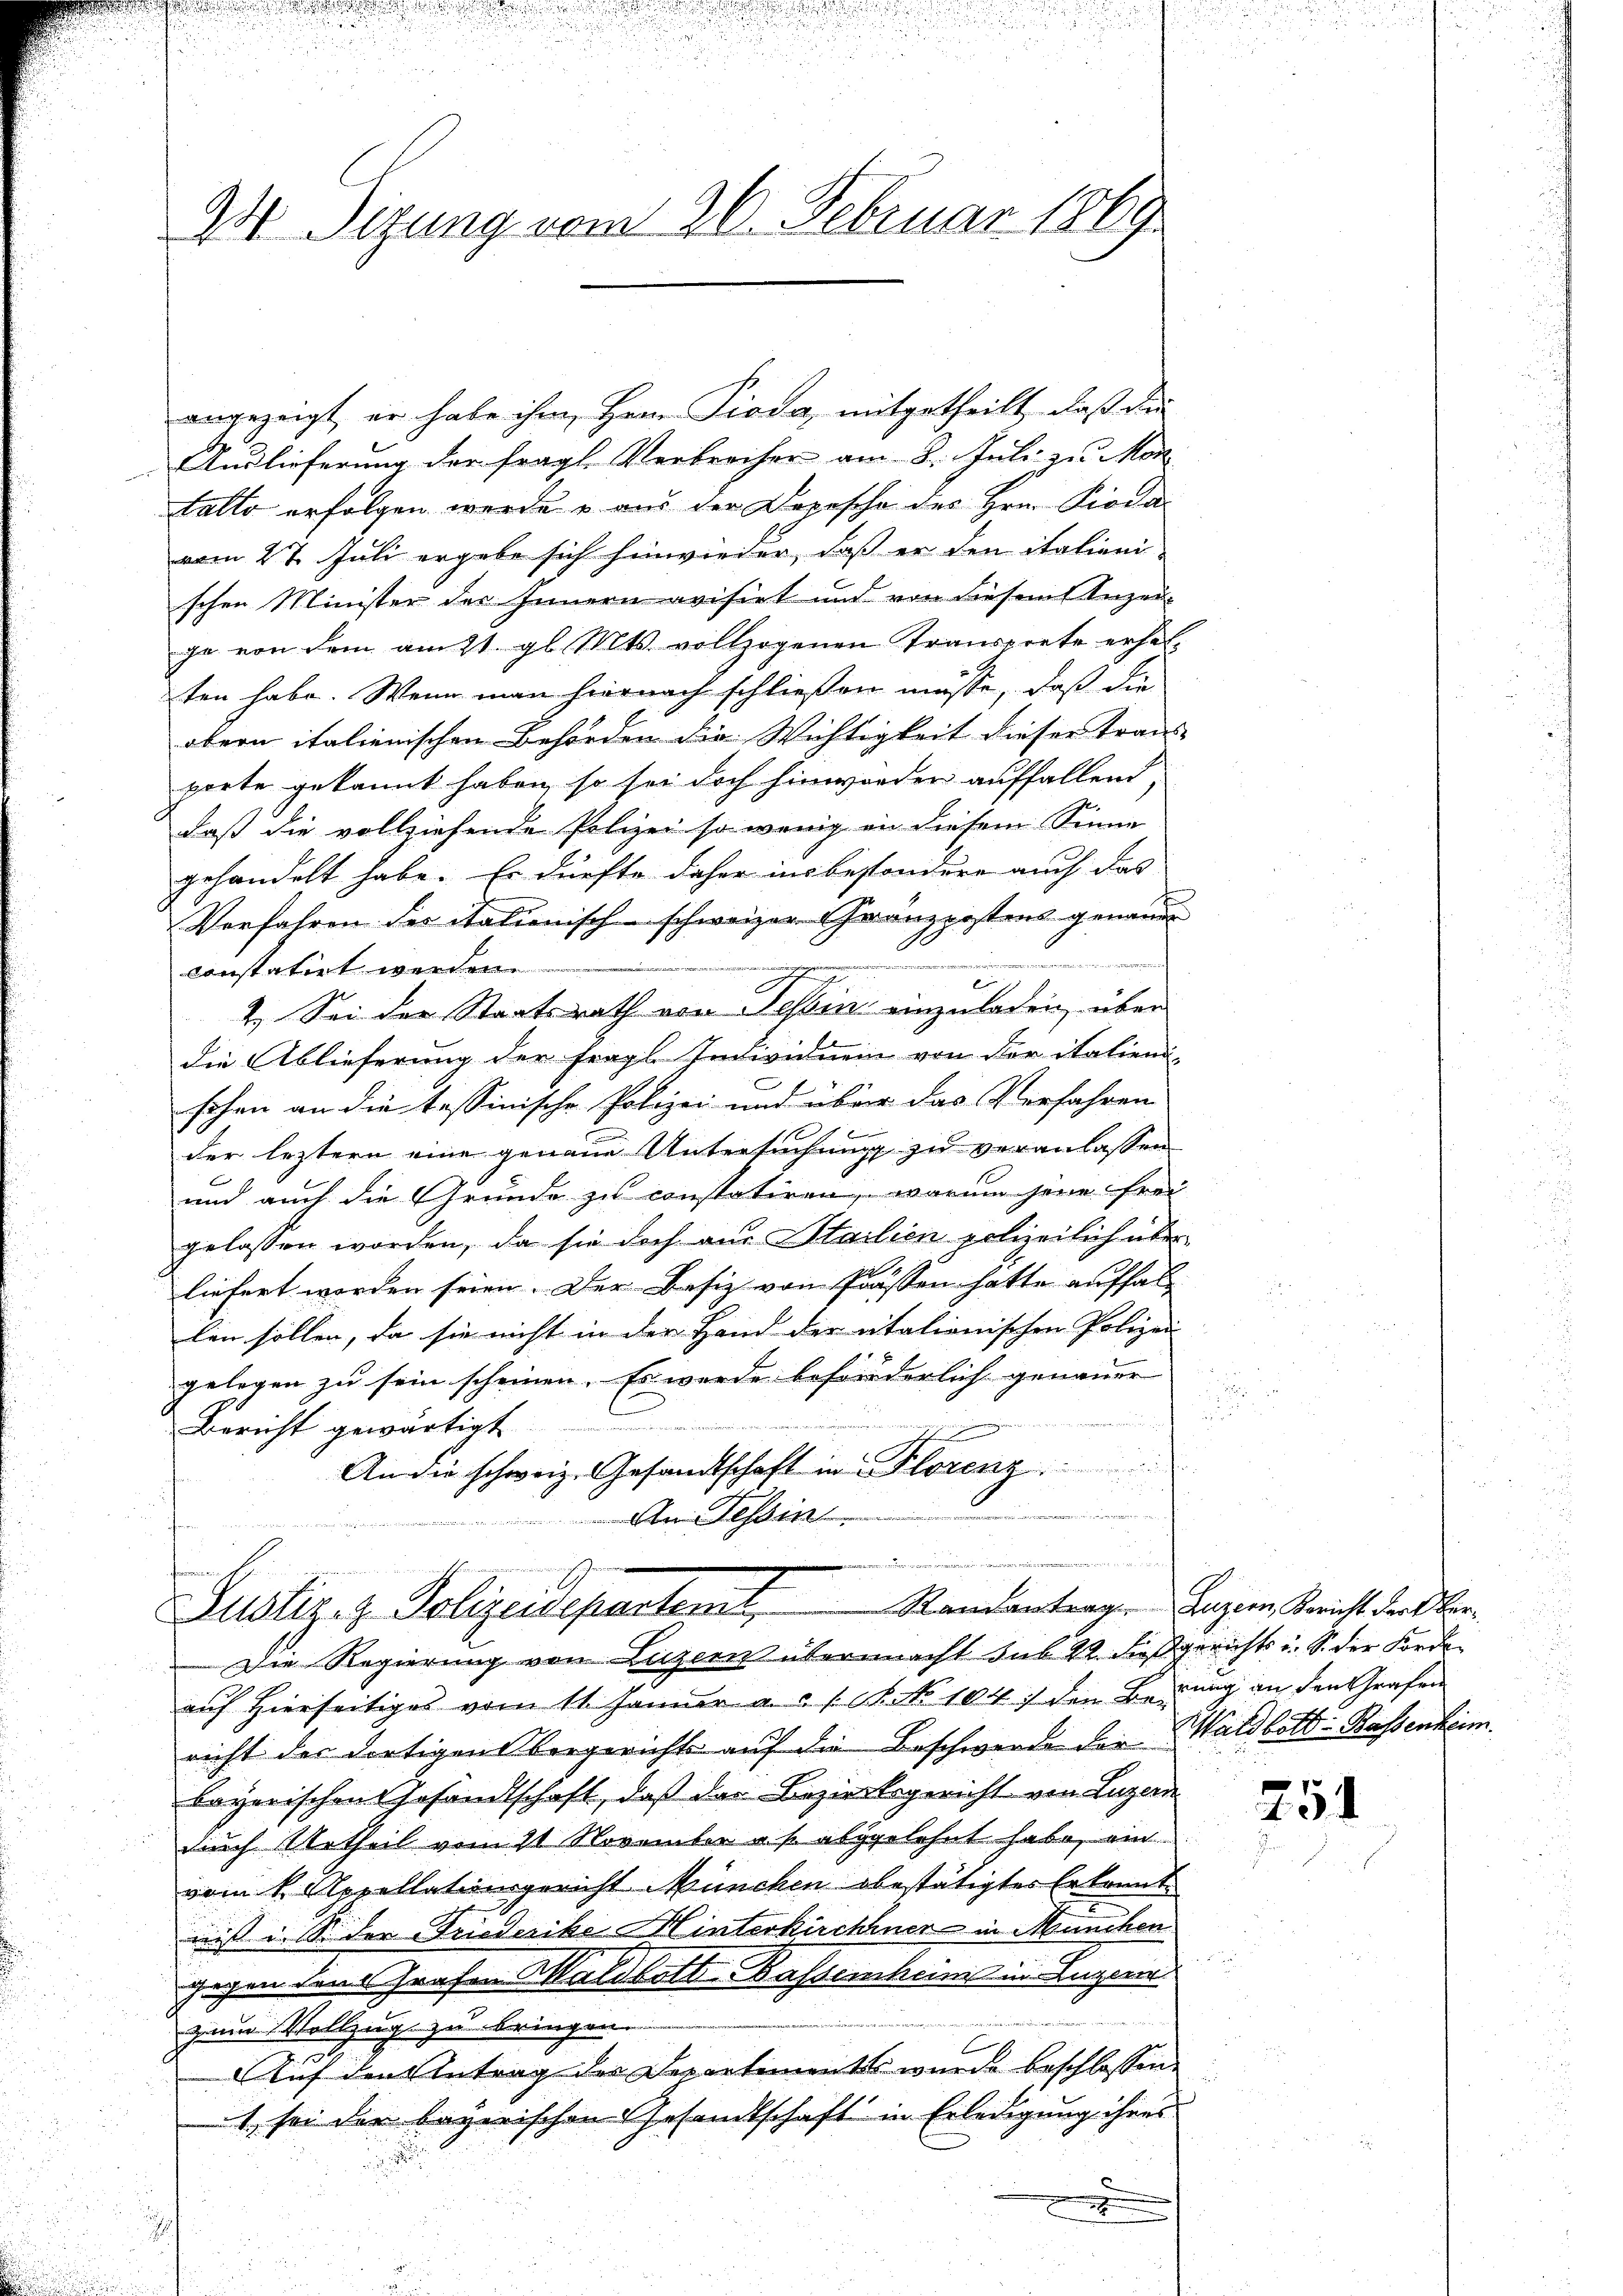
23 Sizung vom 26. Februar 1869

angezeigt, er habe ihm, Herrn Pioda, mitgetheilt, daß die
Auslieferung der fragl. Verbrecher am 8. Juli zu Mo
tallo erfolgen werde & aus der Depesche des Hrn. Pioda
vom 27. Juli ergebe sich hinwieder, daß er den italiani-
schen Minister des Innern avisirt und von diesem Anzei-
ge von dem am 21. gl. Mts. vollzogenen Transprete erhel-
ten habe. Wenn man hiernach schließen müsse, daß die
obern italienischen Behörden die Wichtigkeit dieser Trans-
porte gekannt haben, so sei doch hinwürden auffallend,
daß die vollziehende Polizei so wenig in diesem Sinne
gehandelt habe. Er dürfte daher ins besondere auch das
Verfahren des italienisch-schweizer Gränzpostens genauer
 er deute
constatirt werden.
2. Sei der Staatsrath von Tessin einzuladen, über
die Ablieferung der fragl. Individuum von der italieni-
schen an die tessinische Polizei und über das Verfahren
der leztern eine genaue Untersuchung zu veranlassen
und auch die Grunde zu constatiren, warum jene frei
gelassen worden, da sie doch aus Stailien polizeilich über
liefert worden seien. Der Besiz von Prassen hätte aufhallen sollen, da sie nicht in der Hand der aitalienischen Polizei |
gelegen zu sein scheinen. Es wurde beförderlich genauer
Bericht gewärtigt
nung e
An die schweiz. Gesandtschaft in Florenz
An Tessin

u
Justiz- & Polizeidepartemt. Standantenr

Luzern, Bericht der Ver¬

Die Regierung von Luzern übermacht sub 22. dießgerichts u. S. der Fordeauf Hierseitiges vom 11. Januar a. c. s. f. No 104) den Berung an den Grafen
nicht der dortigen Obergerichts auf die Beschwerde der Waldbott: Bassenheim.
bayerischen Gesandtschaft, daß der Bezirksgericht von Luzern
durch Urtheil vom 11 November u. s. abgelehnt habe, ein
vom 1. Appellationsgericht München obestätigtes Erkannt
nis ins der Friederike Hinterkirchener in München
gegen den Grafen Waldbott-Bassenheim in Luzer
zum Vollzug zu bringen.
Auf den Antrag der Departementes wurde beschlossen:
1 sei der bayerischen Gesandtschaft in Erledigung ihres
.
e
h

254